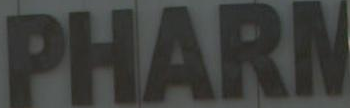
PHARN